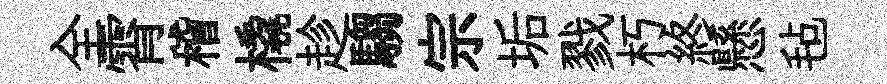
全霄稽橇趁騶宗垢戮朽終懸毡